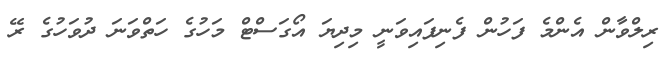
ރިލްވާން އެންމެ ފަހުން ފެނިފައިވަނީ މިދިޔަ އޯގަސްޓް މަހުގެ ހަތްވަނަ ދުވަހުގެ ރޭ